Cholera in southern India
Disease focus: Cholera
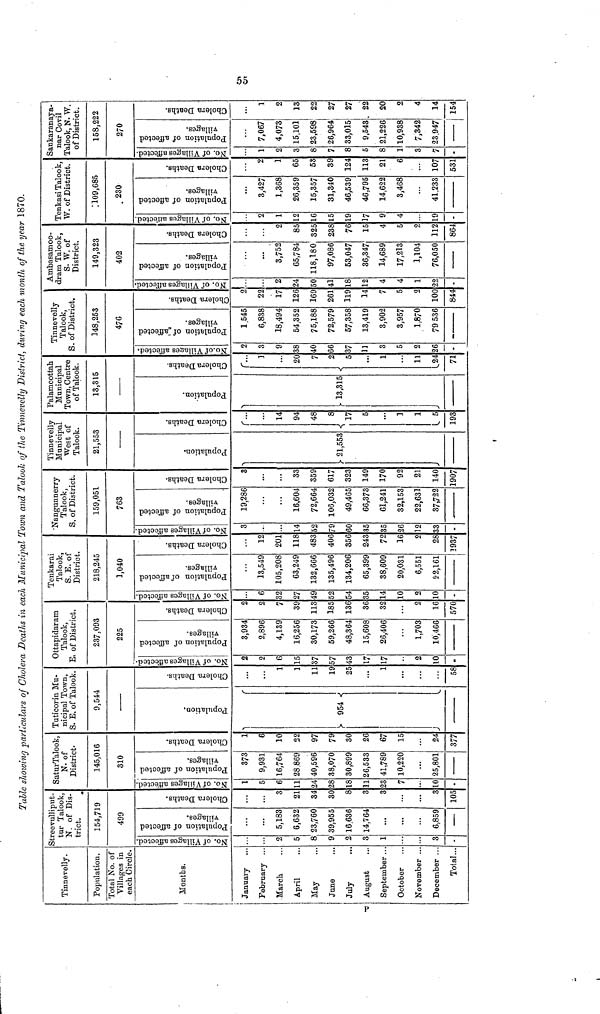
Table showing particulars of Citolera Deaths in each Municipal Town and Talook of the Tinnevelly District, during each month of the year 1870.
Tinnevelly.
Population.
Total No. of
Villages in
each Circle.
Months.
!
January
February ...
March
April
May
June
July
August
September ...
October
November ...
December ...
Total...
Streevulliput-
tur Talook,
N. of Dis-
trict.
154,719
499
No. of Villages affected.
2
5
8
9
2
3
1
3
-
Population of affected villages.
5,183
6,632
23,760
39,955
16,636
14,764
...
6,859
—
Cholera Deaths.
3
21
34
30
8
3
3
3
105
SaturTalook,
N. of
District-
145,016
310
No. of Villages affected.
1
5
6
11
24
28
18
11
23
7
10
-
Population of affected villages.
373
9,931
16,764
28,869
40,596
38,070
30,899
26,533
41,789
10,220
25,801
Cholera Deaths.
1
6
10
22
97
79
30
26
67
15
24
377
Tuticorin Mu-
nicipal Town,
S. E. of Talook.
9,544
Population.
954
Cholera Deaths.
...
1
1
11
19
25
1
58
Ottapidaram
Talook,
E, of District.
237,093
225
No. of Villages affected.
2
2
6
15
37
57
43
17
17
2
10
-
Population of affected villages.
3,934
2,896
4,139
16,256
30,173
59,266
48,364
15,608
26,406
1,703
10,466
Cholera Deaths.
2
2
7
39
113
185
136
36
32
2
16
570
Tenkarai
Talook,
S. E. of
District.
218,245
1,040
No. of Villages affected.
6
32
27
49
52
54
35
14
10
2
10
-
Population of affected villages.
13,549
105,208
63,249
132,666
135,496
134,206
65,399
38,609
20,031
6,551
52,161
Cholera Deaths.
12
201
118
483
406
356
243
72
16
o
28
1937
'Nangunnerry
Talook,
S. of District.
159,051
763
No. of Villages affected.
3
••
14
52
79
60
35
35
26
12
33
-
Population of affected villages.
19,286
...
...
16,604
72,664
106,032
49,465
66,373
61,241
32,153
22,631
37,722
Cholera Deaths.
3
...
33
359
617
323
149
170
92
21
140
1907
Tinnevelly
Municipal
West of
Talook.
21,553
Population
21.553
Cholera Deaths.
14
94
48
8
17
5
5
]
1
5
193
Palamcottah
Municipal
Town, Centre
of Talook.
13,315
Population.
13.315
Cholera Deaths.
20
7
5
• ••
1
11
24
71
S
No. of Villages affected.
2
3
9
38
40
66
37
11
3
5
2
26
•
Tinnevelly
Talook,
of District.
148,253
476
Population of affected villages.
1,545
6,838
18,494
54,352
75,188
72,579
57,358
13,419
3,902
3,957
1,870
79 536
Cholera Deaths.
2
22
17
126
169
261
119
14
7
5
2
100
844
Ambasamoo-
dram Talook,
S. W. of
District,
149,323
402
No. of Villages affected.
...
2
24
50
41
18
12
4
4
1
22
Population of affected villages.
...
3,752
65,784
118,180
97,086
53,047
36,347
14,689
17,213
1,104
76,050
Cholera Deaths.
2
85
325
238
76
15
4
2
112
864
Tenkasi Talook,
W. of District.
109,685
230
No. of Villages affected.
2
1
12
16
15
19
17
9
4
19
-
Population of affected villages.
3,427
1,368
26,359
15,357
31,340
46,539
46,795
14,622
3,468
...
41,233
Cholera Deaths.
2
1
65
58
39
124
113
21
6
...
107
531
Sankaranaya-
nar Covil
Talook, N. W.
of District.
158,222
270
No. of Villages affected.
1
2
3
8
7
8
5
8
1
3
7
-
Population of affected villages.
7,067
4,073
15,101
23,598
26,964
33,015
9,543
21,226
10,938
7,342
23.947
Cholera Deat
1
2
13
22
27
27
, 22
20
2
4
14
154
Ci